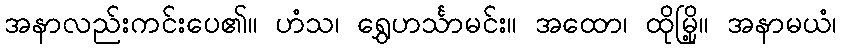
အနာလည်းကင်းပေ၏။ ဟံသ၊ ရွှေဟင်္သာမင်း။ အထော၊ ထိုမြို့။ အနာမယံ၊